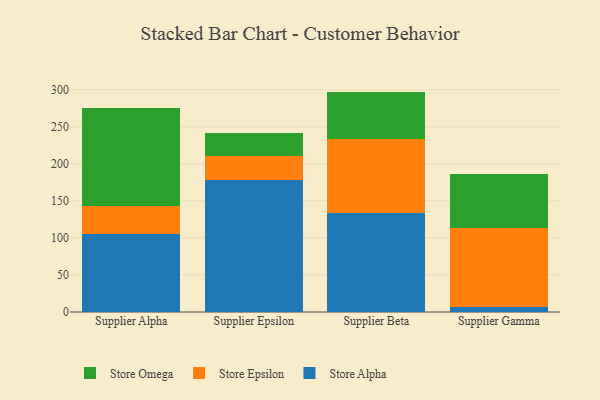
{"axis": {"x": "Supplier", "y": "Tickets Resolved"}, "legend": ["Store Alpha", "Store Epsilon", "Store Omega"], "data": [{"x": "Supplier Alpha", "y": 105.4, "type": "Store Alpha"}, {"x": "Supplier Alpha", "y": 37.4, "type": "Store Epsilon"}, {"x": "Supplier Alpha", "y": 132.8, "type": "Store Omega"}, {"x": "Supplier Epsilon", "y": 178.5, "type": "Store Alpha"}, {"x": "Supplier Epsilon", "y": 31.7, "type": "Store Epsilon"}, {"x": "Supplier Epsilon", "y": 30.9, "type": "Store Omega"}, {"x": "Supplier Beta", "y": 133.0, "type": "Store Alpha"}, {"x": "Supplier Beta", "y": 99.8, "type": "Store Epsilon"}, {"x": "Supplier Beta", "y": 64.6, "type": "Store Omega"}, {"x": "Supplier Gamma", "y": 6.1, "type": "Store Alpha"}, {"x": "Supplier Gamma", "y": 106.7, "type": "Store Epsilon"}, {"x": "Supplier Gamma", "y": 73.4, "type": "Store Omega"}]}